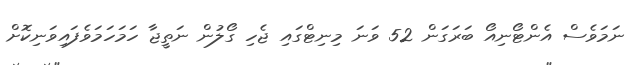
ނަމަވެސް އެންޓޯނިއޯ ބަރަގަން 52 ވަނަ މިނިޓްގައި ޖެހި ގޯލުން ނަތީޖާ ހަމަހަމަވެފައިވަނިކޮށް